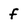
Character: f